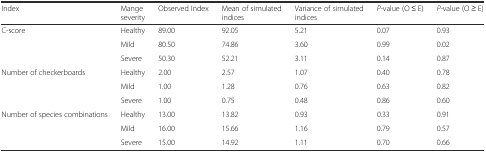
| Index | Mange severity | Observed Index | Mean of simulated indices | Variance of simulated indices | P-value (O ≤ E) | P-value (O ≥ E) |
 | --- | --- | --- | --- | --- | --- | --- |
 | <ROWSPAN=3> C-score | Healthy | 89.00 | 92.05 | 5.21 | 0.07 | 0.93 |
 | Mild | 80.50 | 74.86 | 3.60 | 0.99 | 0.02 |
 | Severe | 50.30 | 52.21 | 3.11 | 0.14 | 0.87 |
 | <ROWSPAN=3> Number of checkerboards | Healthy | 2.00 | 2.57 | 1.07 | 0.40 | 0.78 |
 | Mild | 1.00 | 1.28 | 0.76 | 0.63 | 0.82 |
 | Severe | 1.00 | 0.75 | 0.48 | 0.86 | 0.60 |
 | <ROWSPAN=3> Number of species combinations | Healthy | 13.00 | 13.82 | 0.93 | 0.33 | 0.91 |
 | Mild | 16.00 | 15.66 | 1.16 | 0.79 | 0.57 |
 | Severe | 15.00 | 14.92 | 1.11 | 0.70 | 0.66 |